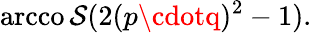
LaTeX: \operatorname{arcco\mathcal{S}}(2(p\cdotq)^{2}-1).